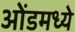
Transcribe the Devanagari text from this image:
ओंडमध्ये